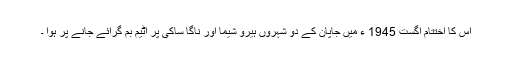
اس کا اختتام اگست 1945 ء میں جاپان کے دو شہروں ہیرو شیما اور ناگا ساکی پر اٹیم بم گرائے جانے پر ہوا ۔